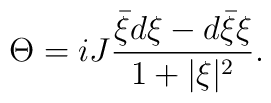
\Theta=i J\frac{{\bar \xi}d\xi-d{\bar \xi}\xi}{1+\vert\xi\vert^2}.